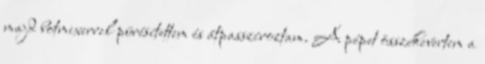
majd botmixerrel pürésítettem és átpasszíroztam. A pépet összekevertem a